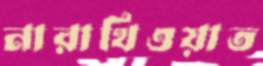
নারাথিওয়াত